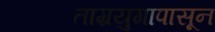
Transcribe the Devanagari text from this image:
ताम्रयुगापासून